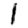
Digit: 1